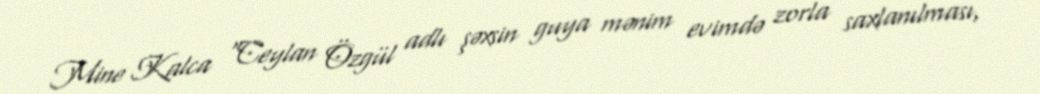
Mine Kalca “Ceylan Özgül adlı şəxsin guya mənim evimdə zorla saxlanılması,